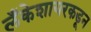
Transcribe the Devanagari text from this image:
लँकेशायरकडून